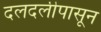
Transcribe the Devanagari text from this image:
दलदलीपासून